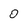
Character: 0